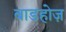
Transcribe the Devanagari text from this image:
बाडहोज़